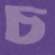
চ